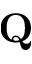
\textbf { Q }